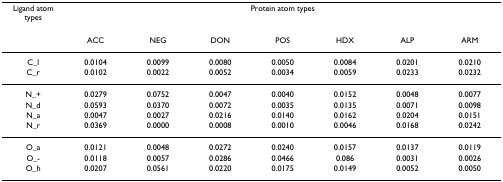
| Ligand atom types | <COLSPAN=7> Protein atom types |
 |  | ACC | NEG | DON | POS | HDX | ALP | ARM |
 | --- | --- | --- | --- | --- | --- | --- | --- |
 | C_l | 0.0104 | 0.0099 | 0.0080 | 0.0050 | 0.0084 | 0.0201 | 0.0210 |
 | C_r | 0.0102 | 0.0022 | 0.0052 | 0.0034 | 0.0059 | 0.0233 | 0.0232 |
 | N_+ | 0.0279 | 0.0752 | 0.0047 | 0.0040 | 0.0152 | 0.0048 | 0.0077 |
 | N_d | 0.0593 | 0.0370 | 0.0072 | 0.0035 | 0.0135 | 0.0071 | 0.0098 |
 | N_a | 0.0047 | 0.0027 | 0.0216 | 0.0140 | 0.0162 | 0.0204 | 0.0151 |
 | N_r | 0.0369 | 0.0000 | 0.0008 | 0.0010 | 0.0046 | 0.0168 | 0.0242 |
 | O_a | 0.0121 | 0.0048 | 0.0272 | 0.0240 | 0.0157 | 0.0137 | 0.0119 |
 | O_- | 0.0118 | 0.0057 | 0.0286 | 0.0466 | 0.086 | 0.0031 | 0.0026 |
 | O_h | 0.0207 | 0.0561 | 0.0220 | 0.0175 | 0.0149 | 0.0052 | 0.0050 |